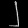
Digit: ၂